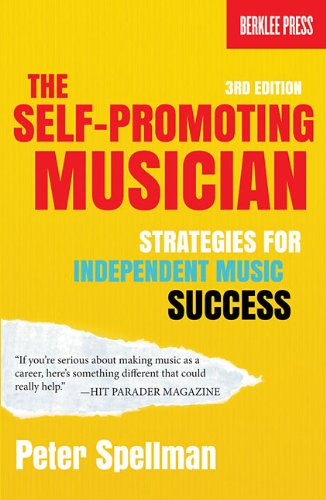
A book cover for The Self-Promoting Musician: Strategies for Independent Music Success (3rd Edition); Peter Spellman; Arts & Photography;